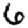
Digit: 6